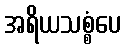
အရိယသစ္စံပေ